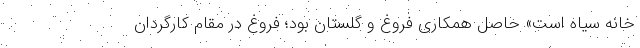
خانه سیاه است» حاصل همکاری فروغ و گلستان بود؛ فروغ در مقام کارگردان